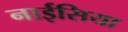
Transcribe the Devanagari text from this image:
नाईसिया